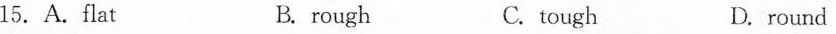
15.A.flat B. rough C. tough D. round